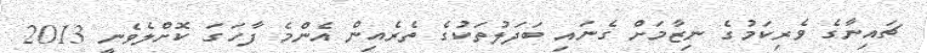
ޗައިނާގެ ވެރިކަމުގެ ނިޒާމަށް ގެނައި ބަދަލުތަކުގެ ތެރެއިން އެންމެ ފާހަގަ ކޮށްލެވެނީ 2013